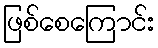
ဖြစ်စေကြောင်း